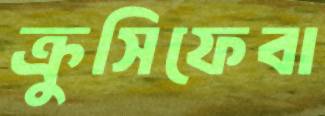
ক্রুসিফেবা